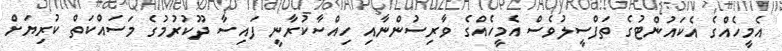
އެމީހެއްގެ އެކައުންޓުގެ ތަފްސީލުވެސް އެމީހެއްގެ ވާރިސުންނާއި ހިއްސާކުރާނީ ފައިސާ ދޫކުރުމުގެ މަސައްކަތް ކުރިޔަށް